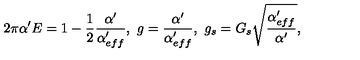
2 \pi \alpha ^ { \prime } E = 1 - \frac { 1 } { 2 } \frac { \alpha ^ { \prime } } { \alpha _ { e f f } ^ { \prime } } , \ g = \frac { \alpha ^ { \prime } } { \alpha _ { e f f } ^ { \prime } } , \ g _ { s } = G _ { s } \sqrt { \frac { \alpha _ { e f f } ^ { \prime } } { \alpha ^ { \prime } } } ,